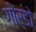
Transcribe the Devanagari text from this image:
गोर्डो